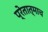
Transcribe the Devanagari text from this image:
प्रेतात्माच